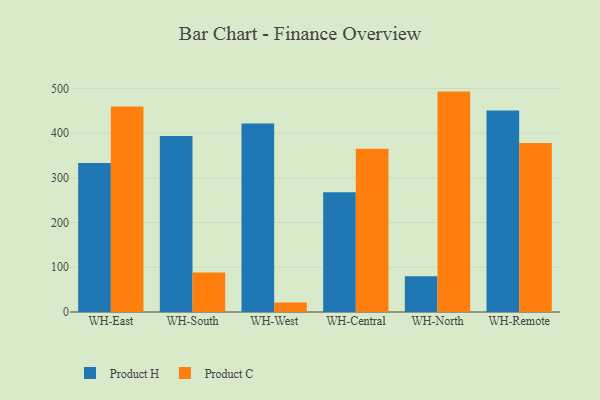
{"axis": {"x": "Warehouse", "y": "Energy Usage (MWh)"}, "legend": ["Product C", "Product H"], "data": [{"x": "WH-East", "y": 333.4, "type": "Product H"}, {"x": "WH-East", "y": 459.8, "type": "Product C"}, {"x": "WH-South", "y": 393.5, "type": "Product H"}, {"x": "WH-South", "y": 88.3, "type": "Product C"}, {"x": "WH-West", "y": 421.4, "type": "Product H"}, {"x": "WH-West", "y": 21.5, "type": "Product C"}, {"x": "WH-Central", "y": 267.9, "type": "Product H"}, {"x": "WH-Central", "y": 365.2, "type": "Product C"}, {"x": "WH-North", "y": 79.9, "type": "Product H"}, {"x": "WH-North", "y": 493.0, "type": "Product C"}, {"x": "WH-Remote", "y": 450.7, "type": "Product H"}, {"x": "WH-Remote", "y": 378.0, "type": "Product C"}]}